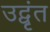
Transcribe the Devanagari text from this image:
उद्वृंत